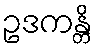
ဥဒကန္တိ